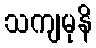
သကျမုနိ